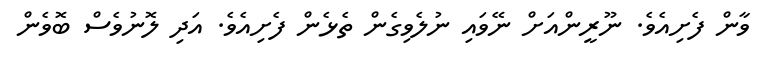
ވާން ފެށިއެވެ. ނޫރީންއަށް ނޭވައި ނުލެވިގެން ތެޅެން ފެށިއެވެ. އަދި ލޮނުވެސް ބޮވެން